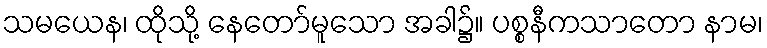
သမယေန၊ ထိုသို့ နေတော်မူသော အခါ၌။ ပစ္စနီကသာတော နာမ၊